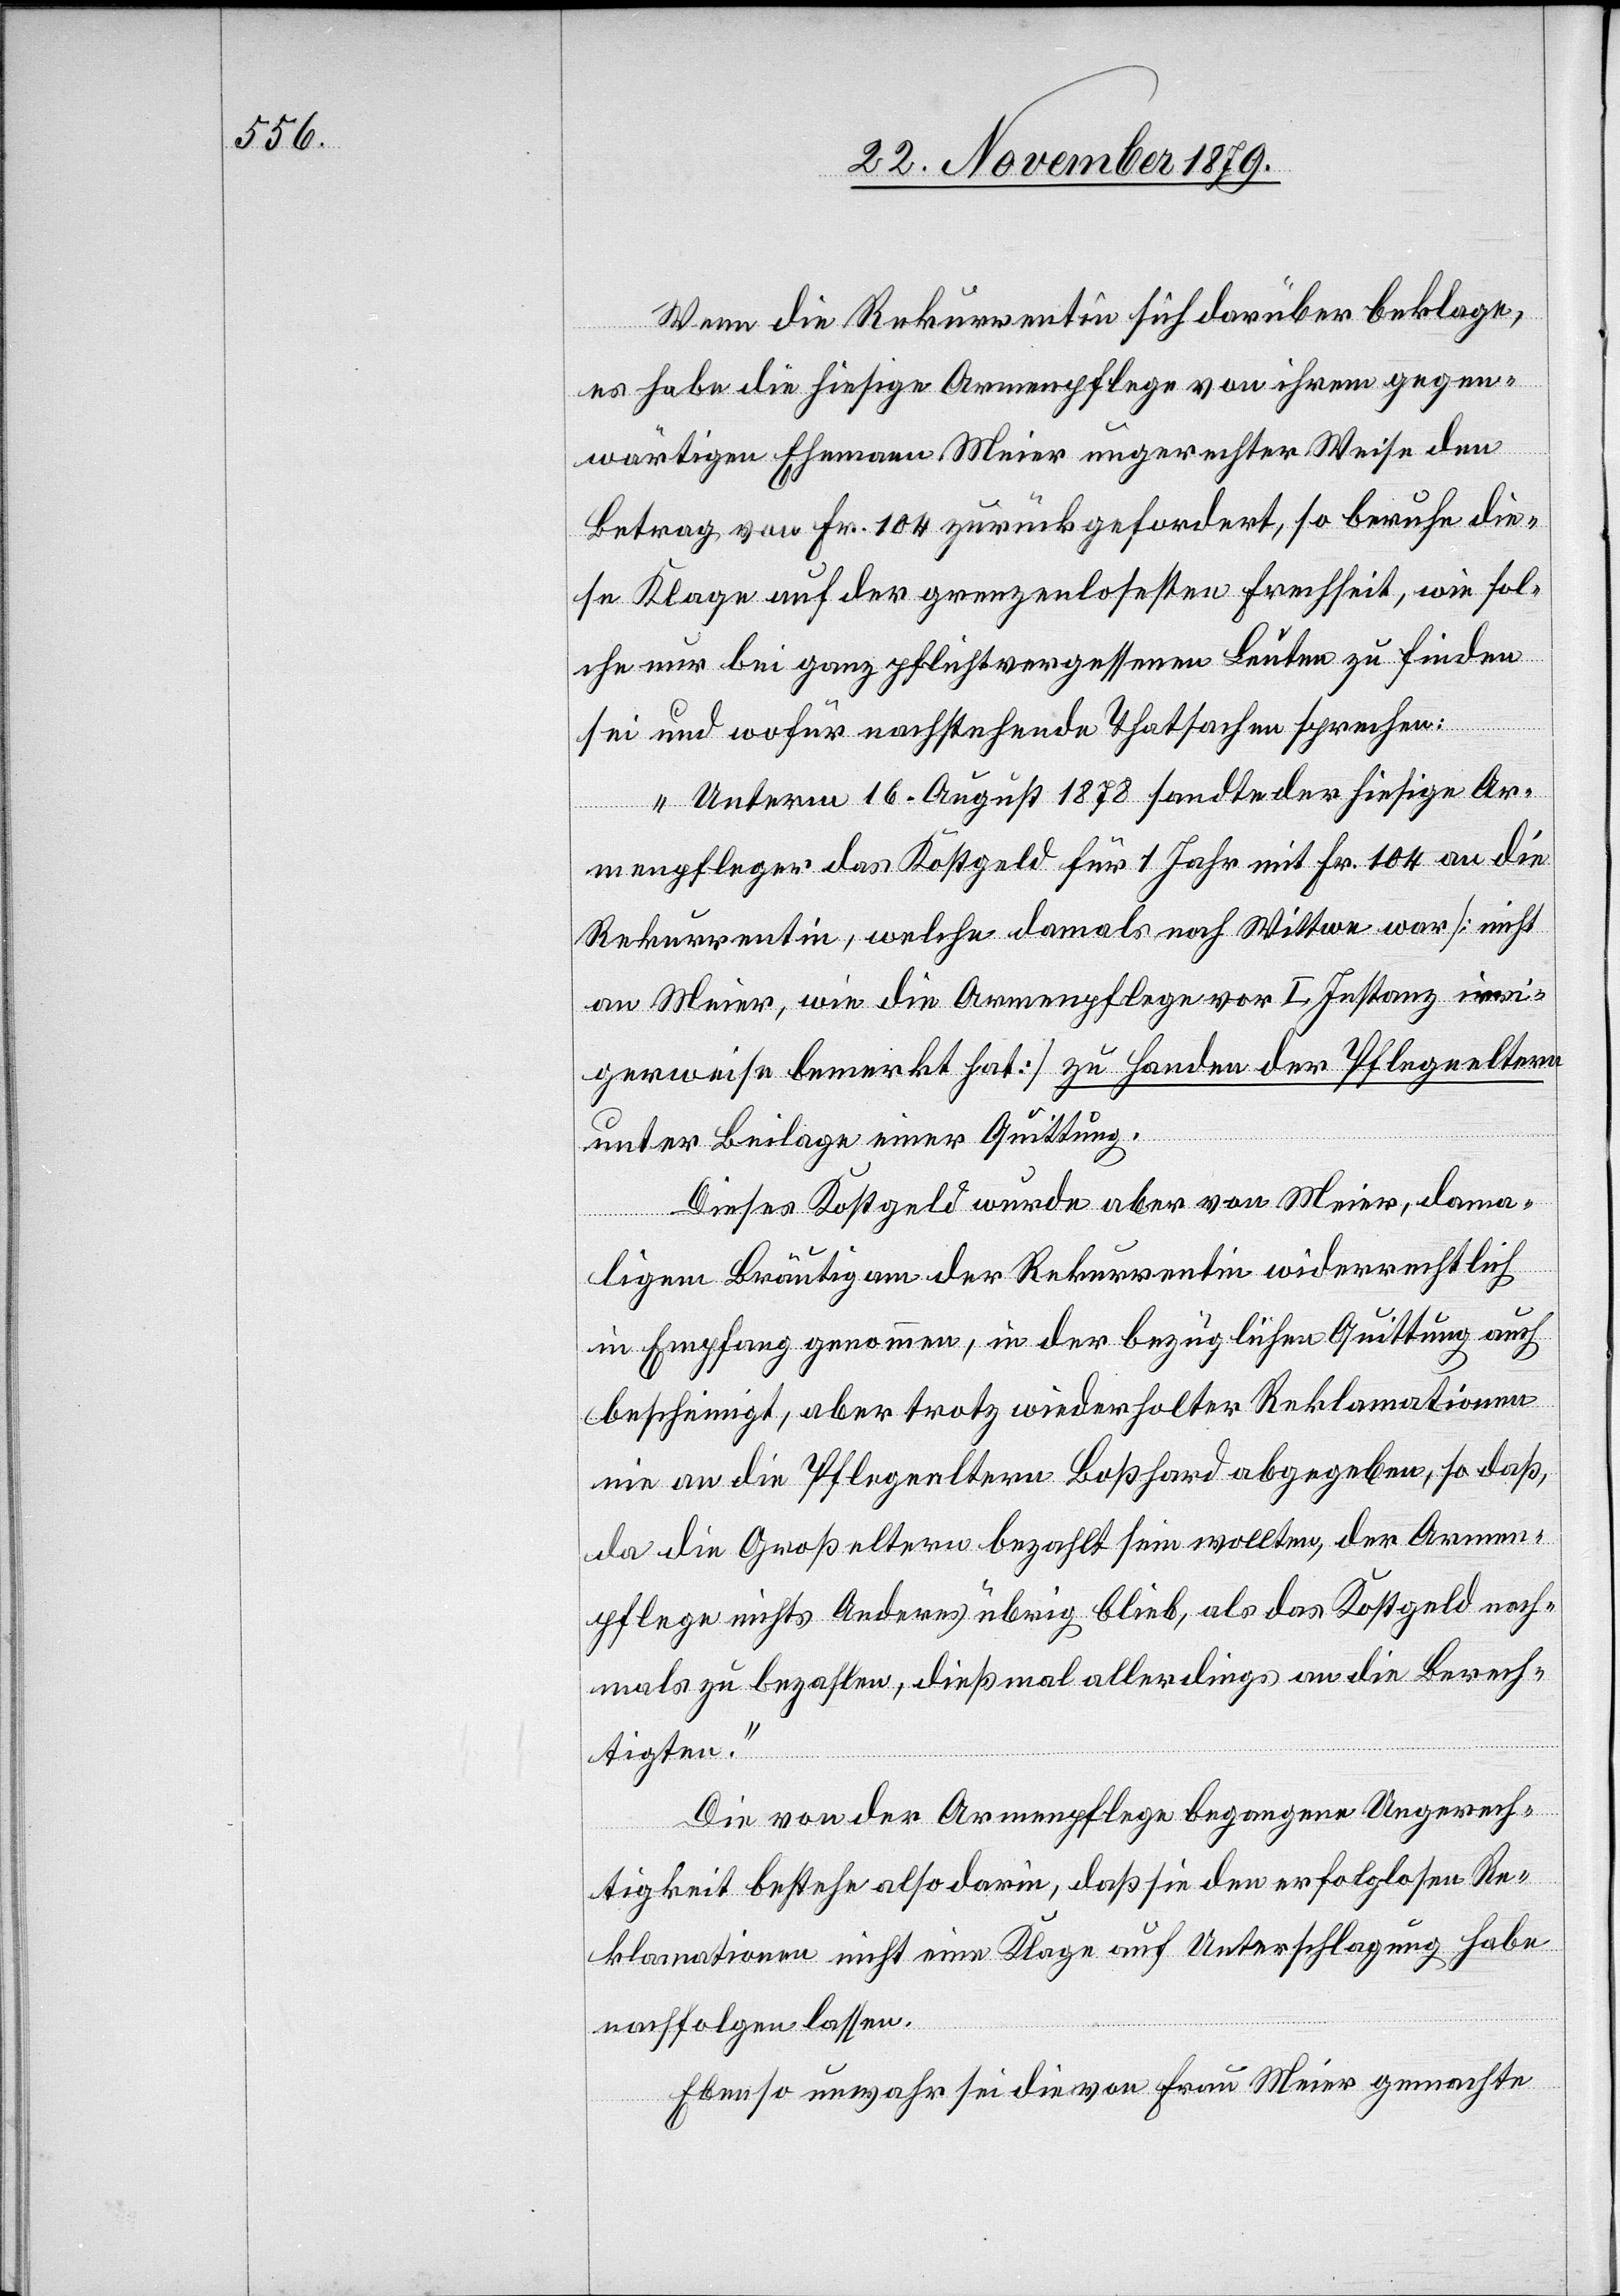
Wenn die Rekurrentin sich darüber beklage,
es habe die hiesige Armenpflege von ihrem gegen¬
wärtigen Ehemann Meier ungerechter Weise den
Betrag von Fr. 104 zurückgefordert, so beruhe die¬
se Klage auf der grenzenlosesten Frechheit, wie sol¬
che nur bei ganz pflichtvergessenen Leuten zu finden
sei und wofür nachstehende Thatsachen sprechen:
„Unterm 16. August 1878 sandte der hiesige Ar¬
menpfleger das Kostgeld für 1 Jahr mit Fr. 104 an die
Rekurrentin, welche damals noch Wittwe war [nicht
an Meier, wie die Armenpflege vor I. Instanz irri¬
gerweise bemerkt hat] zu Handen der Pflegeeltern
unter Beilage einer Quittung.
Dieses Kostgeld wurde aber von Meier, dama¬
ligem Bräutigam der Rekurrentin widerrechtlich
in Empfang genommen, in der bezüglichen Quittung auch
bescheinigt, aber trotz wiederholter Reklamationen
nie an die Pflegeeltern Boßhard abgegeben, so daß,
da die Großeltern bezahlt sein wollten, der Armen¬
pflege nichts anderes übrig blieb, als das Kostgeld noch¬
mals zu bezahlen, dießmal allerdings an die Berech¬
tigten.“
Die von der Armenpflege begangene Ungerech¬
tigkeit bestehe also darin, daß sie den erfolglosen Re¬
klamationen nicht eine Klage auf Unterschlagung habe
nachfolgen lassen.
Ebenso unwahr sei die von Frau Meier gemachte